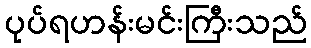
ပုပ်ရဟန်းမင်းကြီးသည်